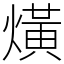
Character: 熿